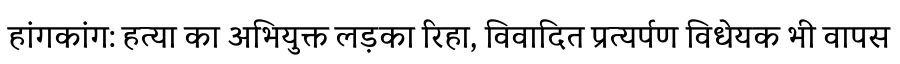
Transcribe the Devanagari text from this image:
हांगकांग: हत्या का अभियुक्त लड़का रिहा, विवादित प्रत्यर्पण विधेयक भी वापस